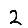
Digit: 2